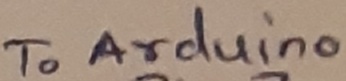
Text: To arduino